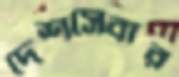
দেশসেবার